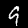
Label: 9